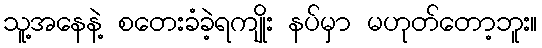
သူ့အနေနဲ့ စတေးခံခဲ့ရကျိုး နပ်မှာ မဟုတ်တော့ဘူး။